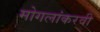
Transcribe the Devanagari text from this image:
मोगलांकरवी